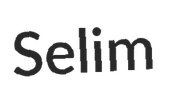
Selim